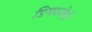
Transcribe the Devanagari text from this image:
डिमब्लेबी